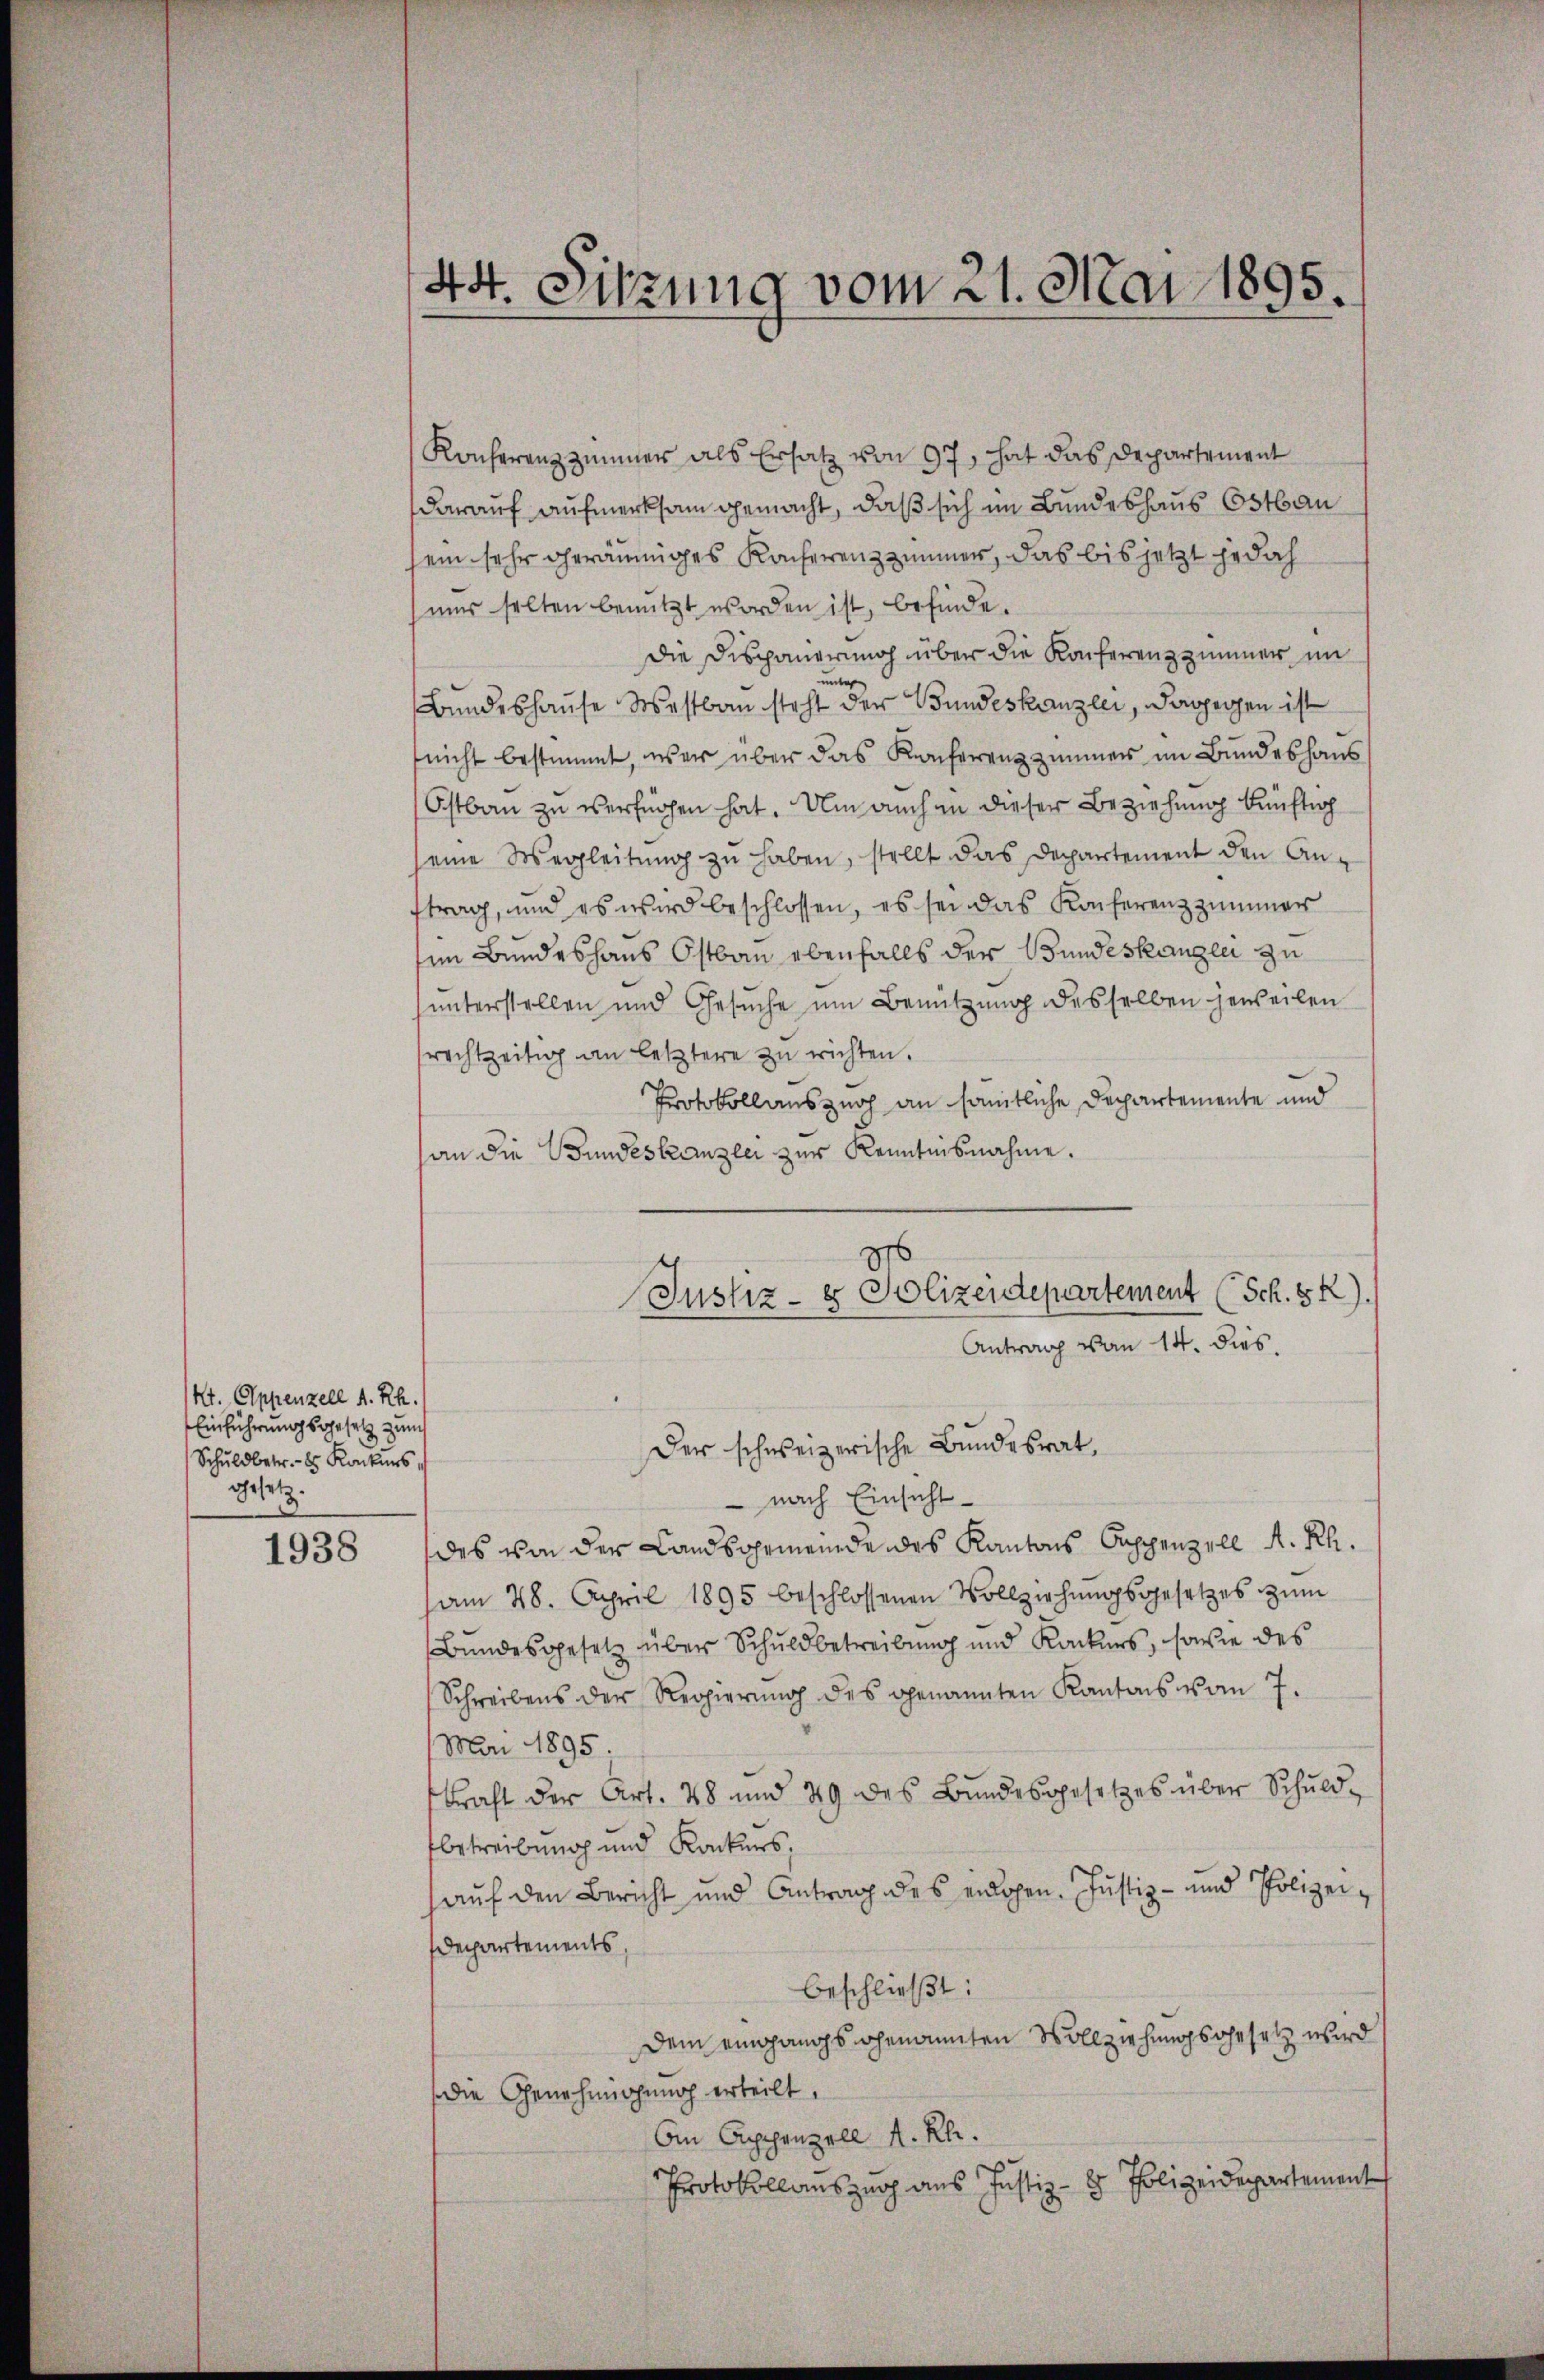
Kt. Appenzell A. Rh.
Einführungsgesetz zum
Schuldbetr. - Konkurs
gesetz

1938

44. Sitzung vom 21. Mai 1895.

Konferenz zimmer als Ersatz von 97, hat das Departement
darauf aufmerksam gemacht, daß sich im Bundeshaus Ostbau
ein sehr geräumiges Konferenzzimmer, das bis jetzt jedoch
nur selten benutzt worden ist, befinde.
Die Dispauerung über die Konferenzzimmer im
unter
Bundeshause Westbau steht der Bundeskanzlei, dagegen ist
nicht bestimmt, war über das Konferenz zimmer im Bundeshaus
Ostbau zu verfügen hat. Um auch an dieser Beziehung künftig
seine Wegleitŭng zu haben, stellt das Departement den Anftrag, und es wird beschlossen, es sei das Konferenzzimmer
im Bundeshaus Ostbau ebenfalls der Bundeskanzlei zu
unterstellen und Gesuche um Benutzung desselben jeweilen
rechtzeitig an letztere zu richten.
Protokollauszug an sämtliche Departemente und
an die Bundeskanzlei zur Kenntnisnahme.
Der schweizerische Bundesrat,
 nach Einsicht
des von der Landsgemeindendes Kantons Sappenzell A. Rh.
am 28. April 1895 beschlossenen Vollziehŭngsgesetzes zum
Bundesgesetz über Schuldbetreibung und Kackers, sowie des
Schreibens der Regierŭng des genannten Kantons vom 7.
Mai 1895.
kraft der Art. 48 und 29 des Bŭndesgesetzes über Schuld-
tbetreibung und Konkurs,
auf den Bericht und Antrag des eidgen. Justiz- und Polizei¬
Departements,
beschließt:
Dem eingangs genannten Vollziehungsgesetz wird
die Genehmigung erteilt.
An Appenzell A.Rh.
Protokollauszug aus Justiz- & Polizeidepartement

Justiz- & Polizeidepartement (Sch. § 2).
Antrag von 14. dies